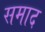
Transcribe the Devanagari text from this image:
समाद